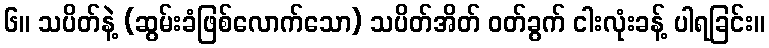
၆။ သပိတ်နဲ့ (ဆွမ်းခံဖြစ်လောက်သော) သပိတ်အိတ် ဝတ်ခွက် ငါးလုံးခန့် ပါရခြင်း။